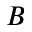
B